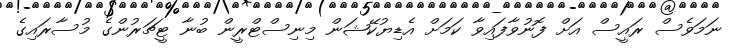
ނަމަވެސް ރައީސް އަށް ފޮނުވާފައިވާ ކަމަށް އެޑިޔުކޭޝަން މިނިސްޓްރީން ބުނާ ޓީޗަރުންގެ މުސާރައިގެ